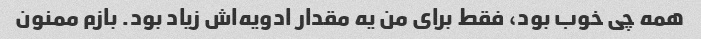
همه چی خوب بود، فقط برای من یه مقدار ادویه‌اش زیاد بود. بازم ممنون